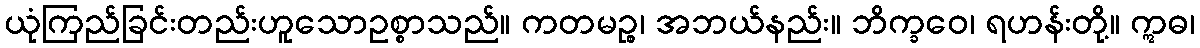
ယုံကြည်ခြင်းတည်းဟူသောဥစ္စာသည်။ ကတမဉ္စ၊ အဘယ်နည်း။ ဘိက္ခဝေ၊ ရဟန်းတို့။ ဣဓ၊